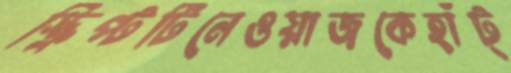
স্ক্রিপ্টটিনেওয়াজকেহাঁট্